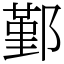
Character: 鄞